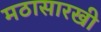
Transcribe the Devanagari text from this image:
मठासारखी